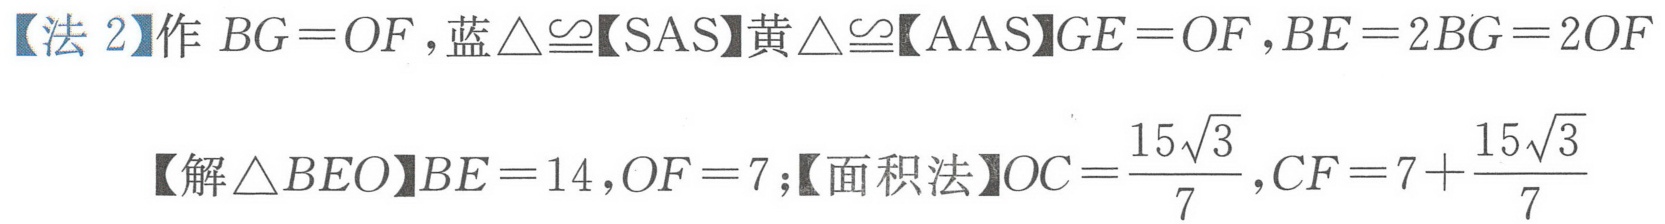
【法 2】作 \(BG = OF\) ,蓝\(\triangle\cong\)【SAS】黄\(\triangle\cong\)【AAS】\(GE = OF\) ,\(BE = 2BG = 2OF\)
【解\(\triangle BEO\)】\(BE = 14\) ,\(OF = 7\) ;【面积法】\(OC=\dfrac{15\sqrt{3}}{7}\) ,\(CF = 7+\dfrac{15\sqrt{3}}{7}\)